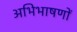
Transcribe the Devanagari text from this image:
अभिभाषणों